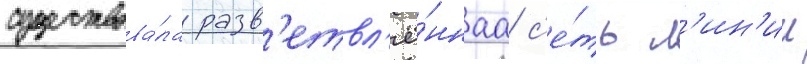
существова́ла разв'етвл'ё́ннаа с'е́ть л'ин'ии